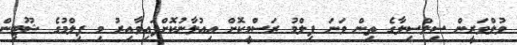
ވުލްވަރީން ސިލްސިލާގެ ތިން ވަނަ ފިލްމު ރަސްމީކޮށް އިއުލާނުކޮށްފައިވާއިރު މި ފިލްމުގެ ޝޫޓިން